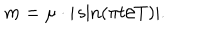
LaTeX: m = \mu \cdot | \sin ( \pi t / T ) | .